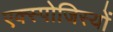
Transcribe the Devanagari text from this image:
एक्स्पोजिस्यों